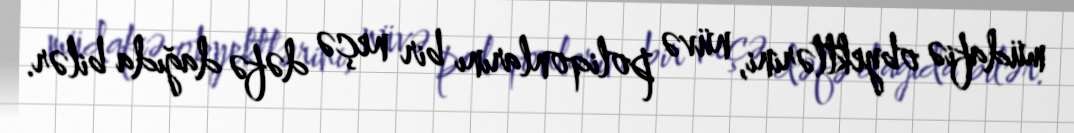
müdafiə obyektlərini, nüvə poliqonlarını bir neçə dəfə dağıda bilər.